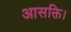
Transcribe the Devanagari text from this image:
आसक्ति।